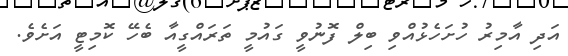
އަދި އާމިރު ހުށަހެޅުއްވި ބިލް ފޮނުވީ ގައުމީ ތަރައްގީއާ ބެހޭ ކޮމިޓީ އަށެވެ.